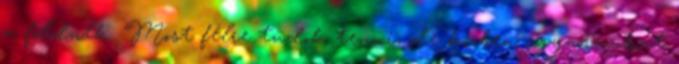
a földnek. Most félre tudok tenni, de közben ugyanazokat